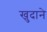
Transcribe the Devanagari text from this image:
खुदाने